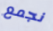
نجمع